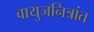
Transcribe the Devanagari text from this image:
वायुजनित्रांत